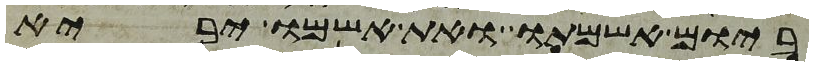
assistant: ביום אשמתו ואת אשמו יביא